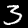
Label: 3